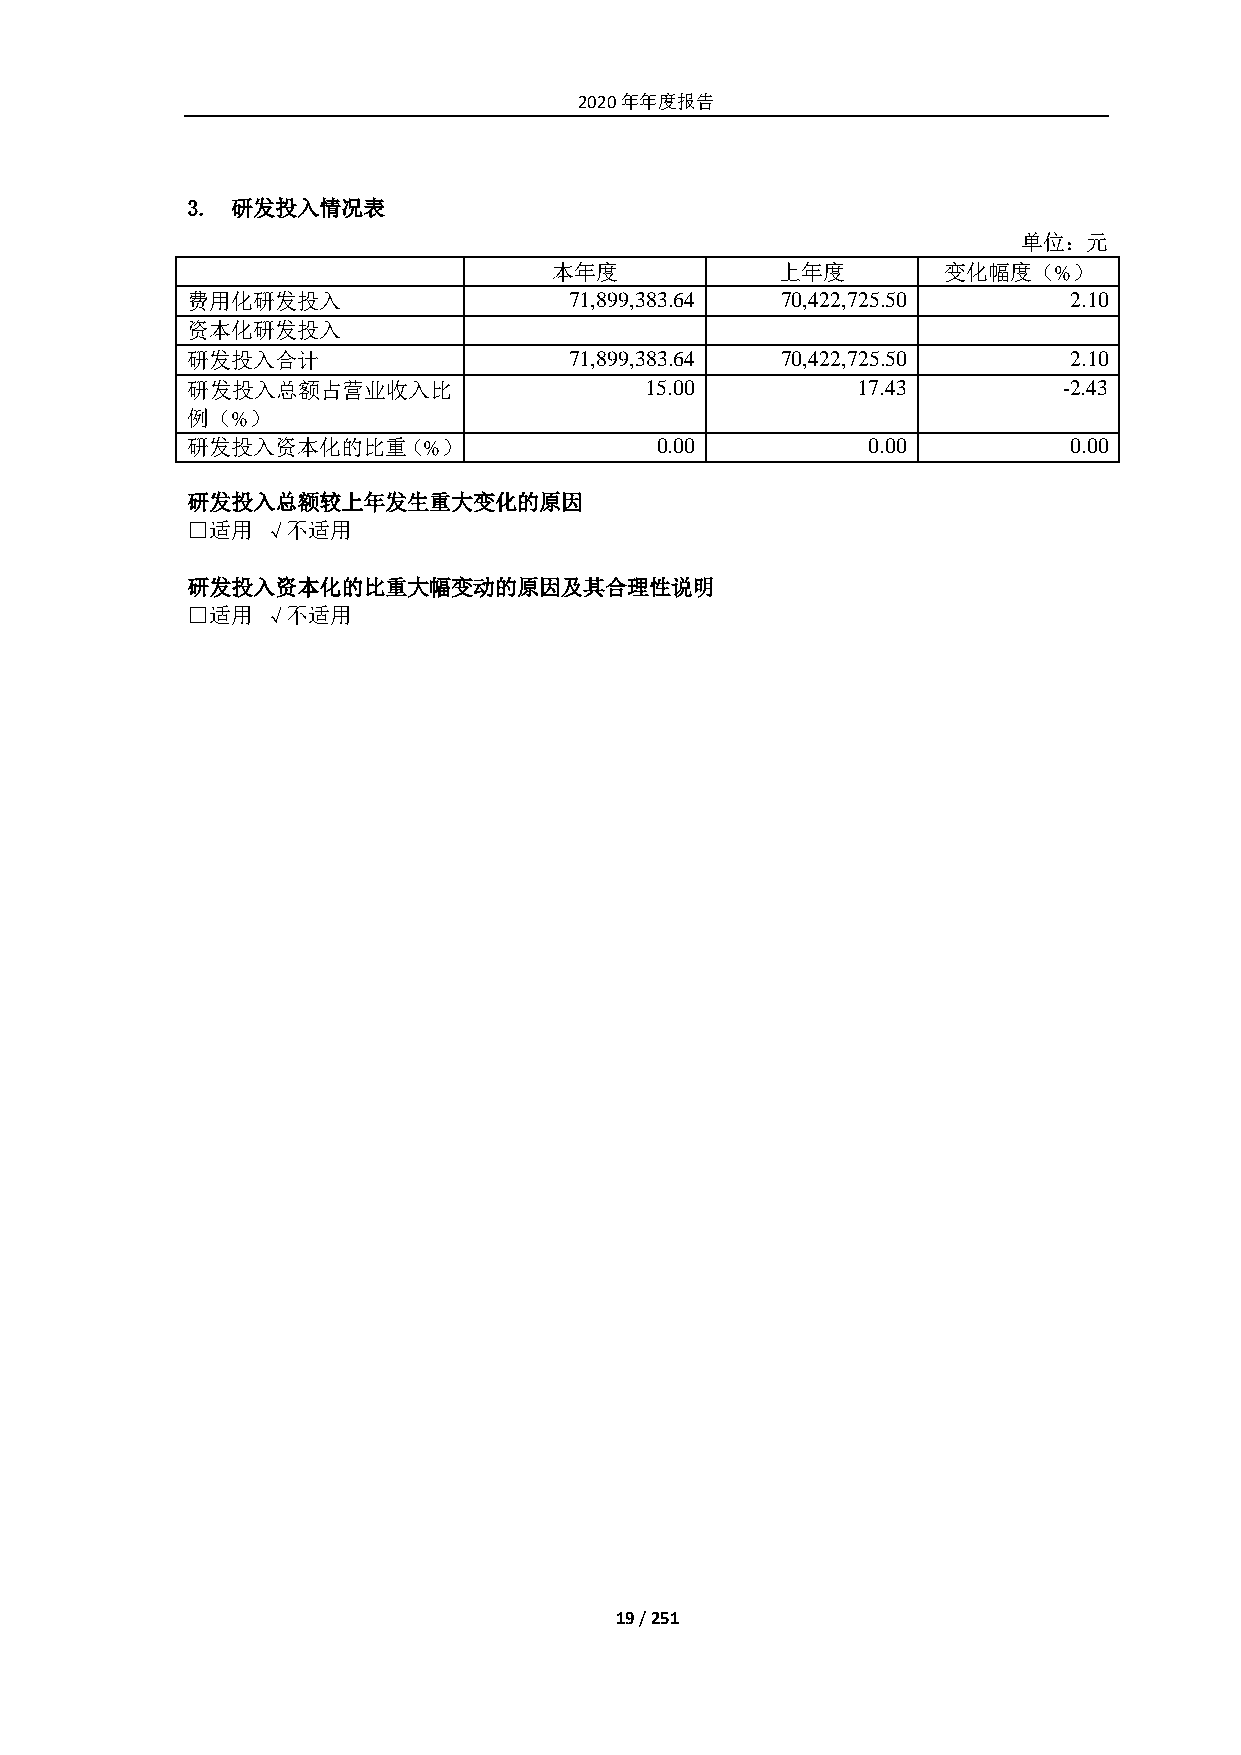
2020年年度报告
 3. 研发投入情况表
 单位：元
 本年度            上年度       变化幅度（%）
 费用化研发投入                   71,899,383.64 70,422,725.50      2.10
 资本化研发投入
 研发投入合计                    71,899,383.64 70,422,725.50      2.10
 研发投入总额占营业收入比                   15.00         17.43        -2.43
 例（%）
 研发投入资本化的比重（%）                  0.00          0.00          0.00
 研发投入总额较上年发生重大变化的原因
 □适用  √不适用
 研发投入资本化的比重大幅变动的原因及其合理性说明
 □适用  √不适用
 19 / 251